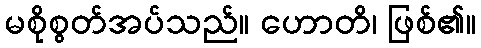
မစိုစွတ်အပ်သည်။ ဟောတိ၊ ဖြစ်၏။